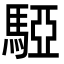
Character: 𩤃